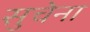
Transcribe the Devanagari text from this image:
सुचेना